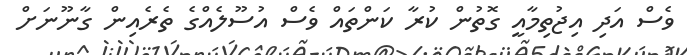
ވެސް އަދި އިޖުތިމާއީ ގޮތުން ކުރާ ކަންތައް ވެސް އުސޫލެއްގެ ތެރެއިން ގާނޫނަށް